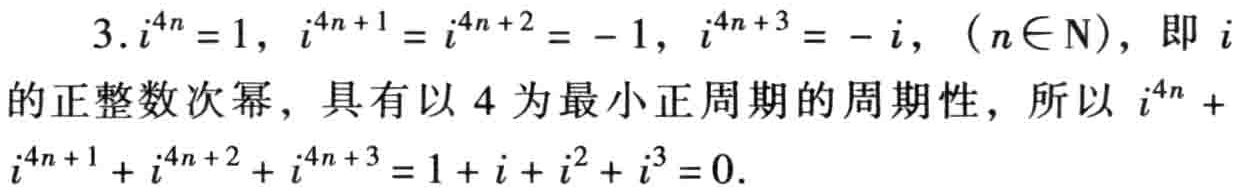
3. \(i^{4n}=1,\ i^{4n + 1}=i\), \(i^{4n + 2}=-1,\ i^{4n + 3}=-i,\ (n\in\mathrm{N})\), 即 \(i\)的正整数次幂，具有以 \(4\)为最小正周期的周期性，所以 \(i^{4n}+i^{4n + 1}+i^{4n + 2}+i^{4n + 3}=1 + i + i^{2}+i^{3}=0\).